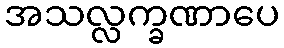
အသလ္လက္ခဏာပေ